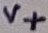
Text: V+